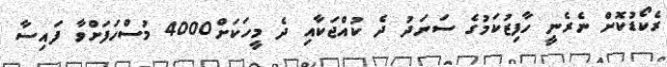
ރެކޯޑުކޮށް ނެރެނީ ހާފިޒުކަމުގެ ސަނަދު ދެ ކުއްޖަކާއި ދެ މީހަކަށް4000 މުސްހަފަށްވާ ފައިސާ